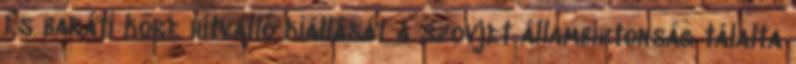
és baráti köre hitvalló kiállását a szovjet állambiztonság tálalta